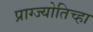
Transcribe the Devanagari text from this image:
प्राग्ज्योतिच्हा